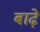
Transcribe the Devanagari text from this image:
बाढ़े